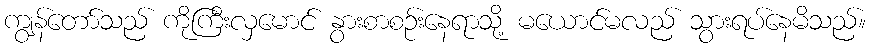
ကျွန်တော်သည် ကိုကြီးလှမောင် နွားစာစဉ်းနေရာသို့ မယောင်မလည် သွားရပ်နေမိသည်။